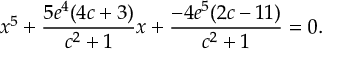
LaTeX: x ^ { 5 } + { \frac { 5 e ^ { 4 } ( 4 c + 3 ) } { c ^ { 2 } + 1 } } x + { \frac { - 4 e ^ { 5 } ( 2 c - 1 1 ) } { c ^ { 2 } + 1 } } = 0 .